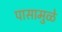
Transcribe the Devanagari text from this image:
पासामुळे